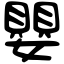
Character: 嬰